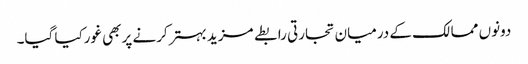
دونوں ممالک کے درمیان تجارتی رابطے مزید بہترکرنے پربھی غورکیا گیا۔